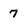
Character: 7